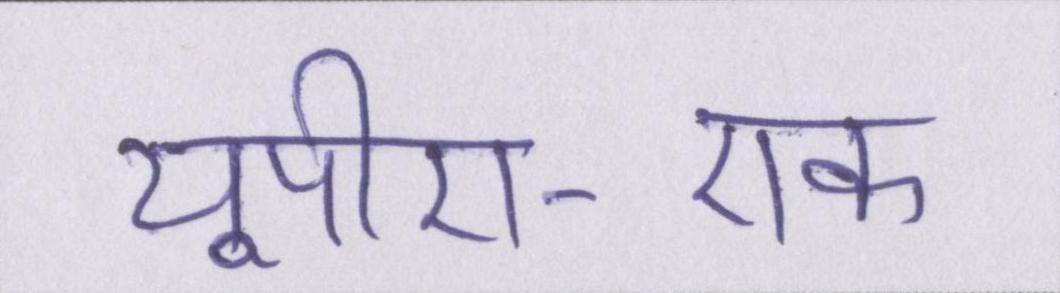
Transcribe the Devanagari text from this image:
यूपीए-एक